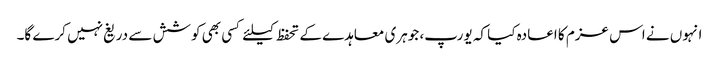
انہوں نے اس عزم کا اعادہ کیا کہ یورپ، جوہری معاہدے کے تحفظ کیلئے کسی بھی کوشش سے دریغ نہیں کرے گا۔